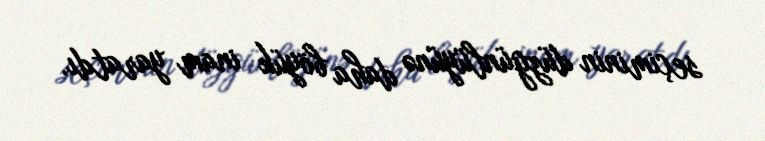
seçiminin düzgünlüyünə daha böyük inam yaratdı.